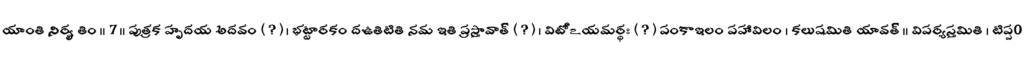
యాంతి నిర్వృతిం ॥ 7 ॥ పుత్రక హృదయ అదవం ( ? ) । భట్టారకం దఉతిటితి నమ ఇతి ప్రస్తావాత్ ( ? ) । విటోఽయమర్థః ( ? ) పంకాఇలం పహావిలం । కలుషమితి యావత్ ॥ విపర్యస్తమితి । టిప్ప0